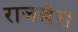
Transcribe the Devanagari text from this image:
राजखेरा